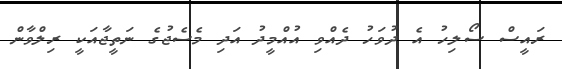
ރައީސް ސޯލިހު އެ ދުވަހު ދެއްވި އުއްމީދު އަދި މެސެޖުގެ ނަތީޖާއަކީ ރިލްވާން